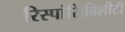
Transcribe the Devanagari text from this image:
रिस्पांसिबिलीटी